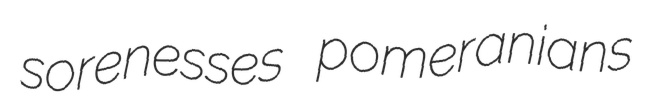
sorenesses pomeranians